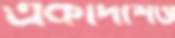
একাদশেও